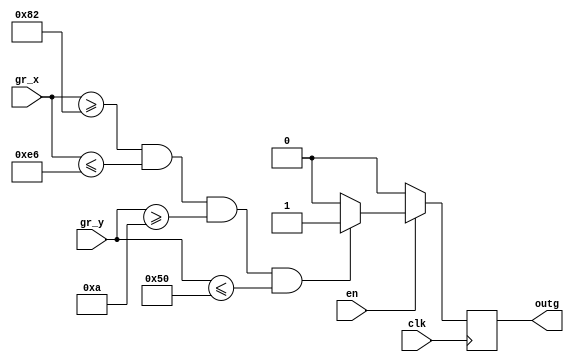
module GREEN_DRAW2_incr(
	input wire clk,
//	input wire reset,	
	input wire en,
	
	input wire [10:0]gr_x,
	input wire [9:0]gr_y,

	
	output reg outg
	
	);
	
parameter[10:0] x1 = 11'd130;
parameter[10:0] x2 = 11'd230;
parameter[9:0] y1 = 11'd10;
parameter[9:0] y2 = 11'd80;


always @ (posedge clk)
	begin
		if (en == 1) 
		begin
			if ((gr_x[10:0]>=x1[10:0])&&(gr_x[10:0]<=x2[10:0])&&(gr_y[9:0]>=y1)&&(gr_y[9:0]<=y2))
				begin
					outg = 1;
				end
				else
					outg = 0;
		end
		else
			outg = 0;
	end	
endmodule